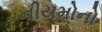
નીયમોનો